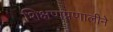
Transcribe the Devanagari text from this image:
शिक्षणप्रणालीने